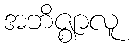
အဘိဇ္ဈာလူ